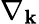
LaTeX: \nabla_{\mathbf{k}}